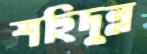
শহিদুল্ল